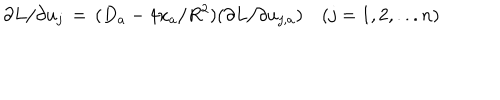
\partial L / \partial u _ { j } \, = \, ( D _ { a } - 4 x _ { a } / R ^ { 2 } ) ( \partial L / \partial u _ { j , a } ) \quad ( j = 1 , 2 , . . . n )